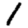
Digit: 1